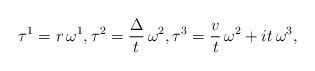
LaTeX: \begin{align*}\tau^{1}= r \,\omega^{1}, \tau^{2}=\frac{\Delta}{t}\, \omega^{2}, \tau^{3}=\frac{v}{t}\, \omega^{2} +i t\,\omega^{3},\end{align*}